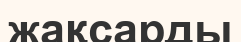
жақсарды